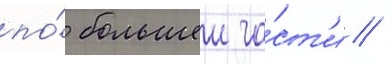
по́ большеи ча́ст'и /